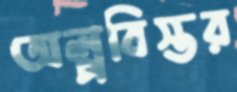
অল্পবিস্তর